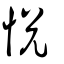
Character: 悅